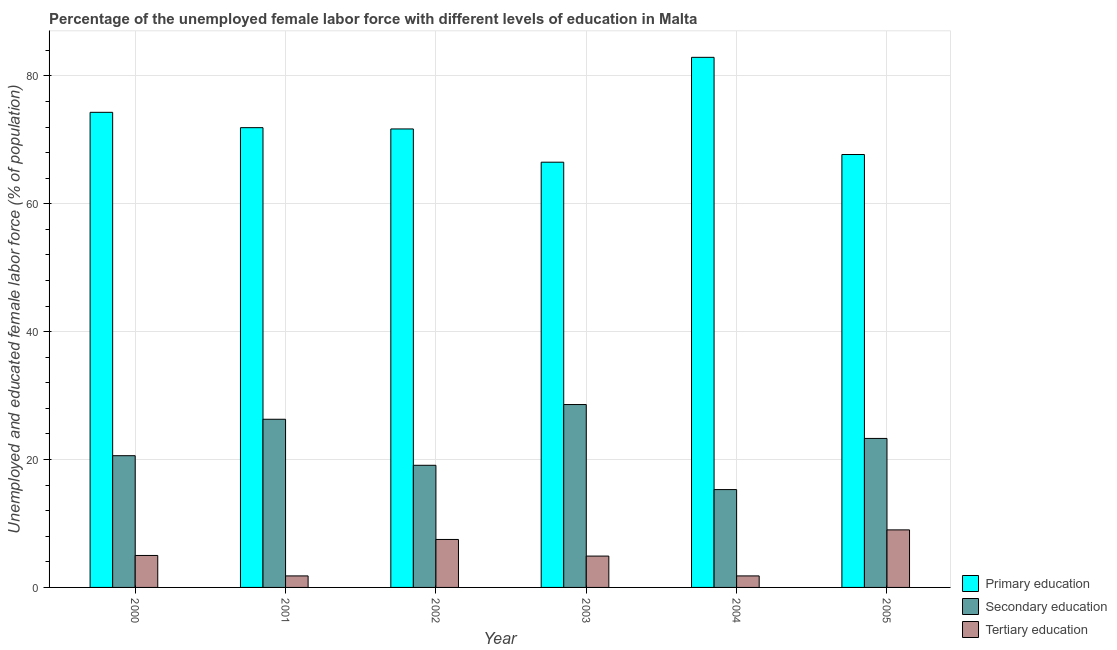
| Year | Primary education | Secondary education | Tertiary education |
 | --- | --- | --- | --- |
 | 2000 | 74.3 | 20.6 | 5 |
 | 2001 | 71.9 | 26.3 | 1.8 |
 | 2002 | 71.7 | 19.1 | 7.5 |
 | 2003 | 66.5 | 28.6 | 4.9 |
 | 2004 | 82.9 | 15.3 | 1.8 |
 | 2005 | 67.7 | 23.3 | 9 |